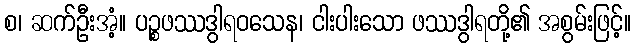
စ၊ ဆက်ဦးအံ့။ ပဉ္စဖဿဒွါရဝသေန၊ ငါးပါးသော ဖဿဒွါရတို့၏ အစွမ်းဖြင့်။